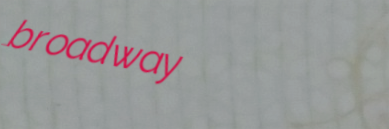
broadway